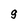
Character: 9